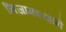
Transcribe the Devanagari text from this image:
निजामशाहाने